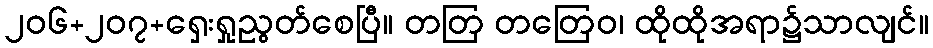
၂၀၆+၂၀၇+ရှေးရှုညွတ်စေပြီ။ တတြ တတြေဝ၊ ထိုထိုအရာ၌သာလျင်။